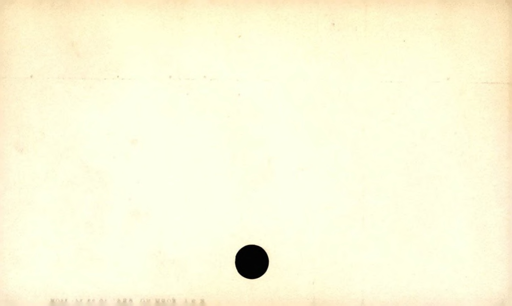
Label: blank